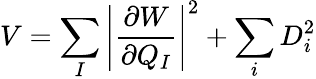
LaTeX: V=\sum_{I}\left|\frac{\partial W}{\partial Q_{I}}\right|^{2}+\sum_{i}D_{i}^{2}